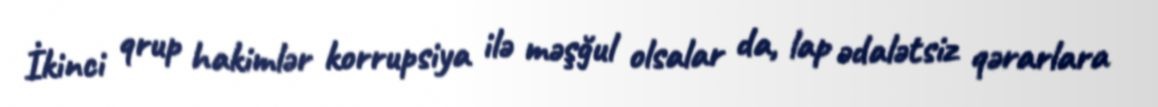
İkinci qrup hakimlər korrupsiya ilə məşğul olsalar da, lap ədalətsiz qərarlara